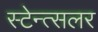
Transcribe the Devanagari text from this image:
स्टेन्त्सलर